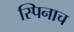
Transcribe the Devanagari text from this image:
स्पिनाच